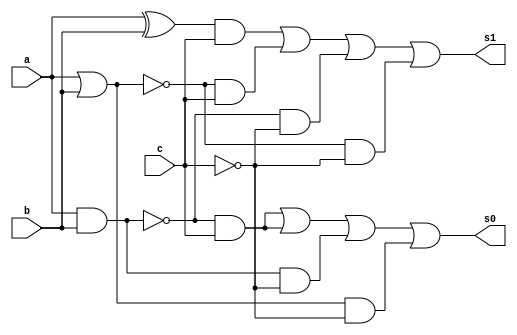
// ------------------------- 
// --Exemplo0035 - F4  
// --Nome:Milton costa teles da silva
// --Matricula: 002751
// ------------------------- 

// ------------------------- 
// --f4_gate 
// ------------------------- 

module f4 (output [3:0] s0,output [3:0] s1, input [3:0] a, input [3:0] b, input[3:0] c); 
	assign s0 [3:0] = (~(a & b) & c)|(~(a & b) & c)|((a & b) & ~c)|((a | b) & ~c);
   assign s1 [3:0] = ((a ^ b) & c)|(~(a | b) & c)|(~(a & b) & ~c)|(~(a | b) &~c);	
endmodule // f4 

module testef4; 
// ------------------------- definir dados 
  reg [3:0] x; 
	reg [3:0] y; 
	reg [3:0] z;
	wire [3:0] sa;
   wire [3:0] sb;
	
	f4 modulo (sa,sb, x, y, z); 	
// ------------------------- parte principal 
initial begin 
		$display("Exemplo0035 -Milton costa teles da silva - 002751"); 
		$display("Test LU's module"); 
		x = 4'b0011; y = 4'b0101; z = 4'b0010;
		#1 $display("\n%3b  %3b %3b = %3b %3b",x,y,z,sa,sb); 
end
endmodule // testef4